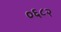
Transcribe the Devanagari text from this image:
०६८२